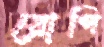
রোপি